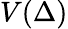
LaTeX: V(\Delta)